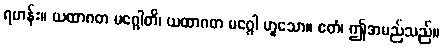
ရဟန်း။ ယထာဂတ မဂ္ဂေါတိ၊ ယထာဂတ မဂ္ဂေါ ဟူသော။ ဧတံ၊ ဤအမည်သည်။